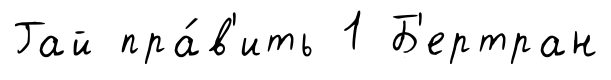
Гай пра́в'ить 1 Б'ертран